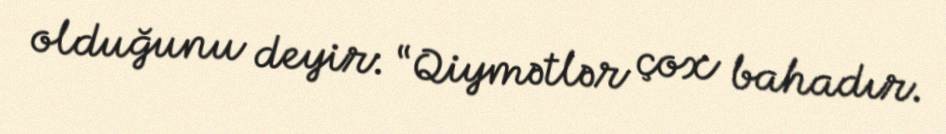
olduğunu deyir: “Qiymətlər çox bahadır.